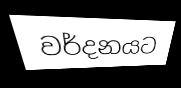
වර්දනයට